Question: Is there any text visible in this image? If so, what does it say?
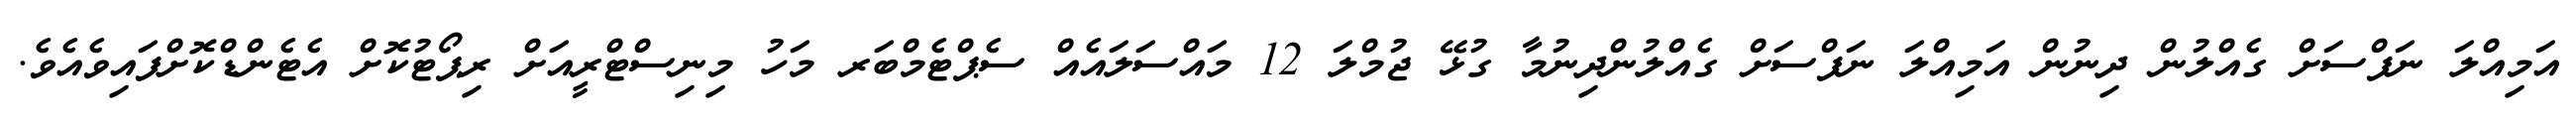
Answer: އަމިއްލަ ނަފްސަށް ގެއްލުން ދިނުން އަމިއްލަ ނަފްސަށް ގެއްލުންދިނުމާ ގުޅޭ ޖުމްލަ 12 މައްސަލައެއް ސެޕްޓެމްބަރ މަހު މިނިސްޓްރީއަށް ރިޕޯޓުކޮށް އެޓެންޑްކޮށްފައިވެއެވެ.